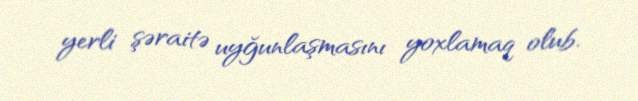
yerli şəraitə uyğunlaşmasını yoxlamaq olub.